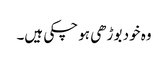
وہ خود بوڑھی ہو چکی ہیں۔